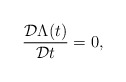
\begin{align*}\frac{{\cal D} \Lambda(t)}{{\cal D} t} =0,\end{align*}